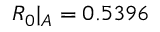
R _ { 0 } | _ { A } = 0 . 5 3 9 6